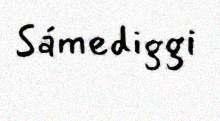
Sámediggi